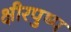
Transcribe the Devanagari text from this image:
क्षीरपुष्प